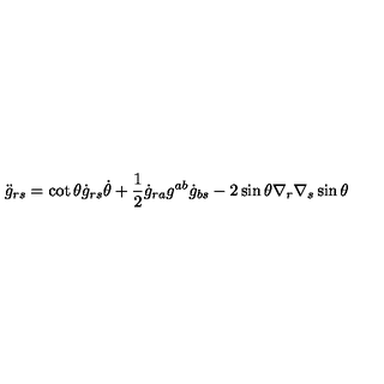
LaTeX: { \ddot { g } } _ { r s } = \cot \theta { \dot { g } } _ { r s } { \dot { \theta } } + \frac { 1 } { 2 } { \dot { g } } _ { r a } g ^ { a b } { \dot { g } } _ { b s } - 2 \sin \theta \nabla _ { r } \nabla _ { s } \sin \theta